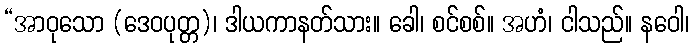
“အာဝုသော (ဒေဝပုတ္တ)၊ ဒါယကာနတ်သား။ ခေါ၊ စင်စစ်။ အဟံ၊ ငါသည်။ နဝေါ၊